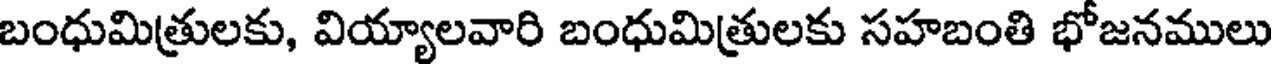
బంధుమిత్రులకు, వియ్యాలవారి బంధుమిత్రులకు సహబంతి భోజనములు